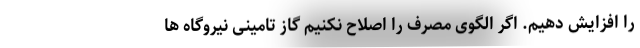
را افزایش دهیم. اگر الگوی مصرف را اصلاح نکنیم گاز تامینی نیروگاه ها